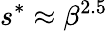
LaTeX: s^{*}\approx\beta^{2.5}